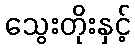
သွေးတိုးနှင့်